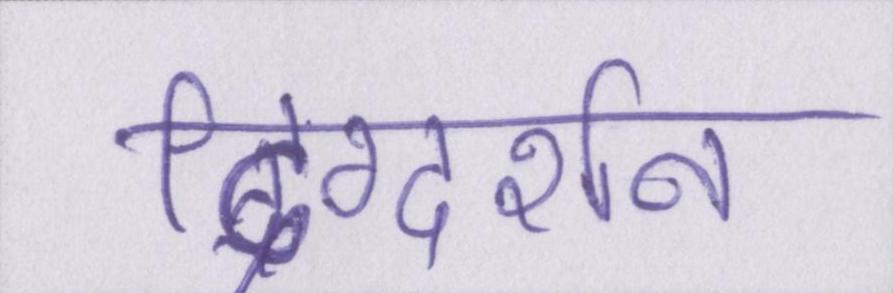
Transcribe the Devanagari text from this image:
दिग्दर्शन